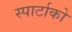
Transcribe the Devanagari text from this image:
स्पार्टाको